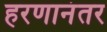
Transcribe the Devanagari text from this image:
हरणानंतर